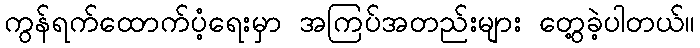
ကွန်ရက်ထောက်ပံ့ရေးမှာ အကြပ်အတည်းများ တွေ့ခဲ့ပါတယ်။